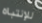
للإنتباه